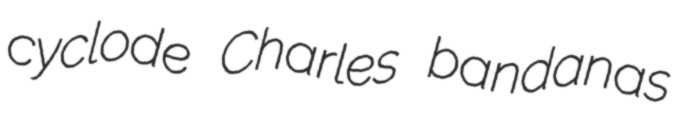
cyclode Charles bandanas